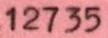
12735